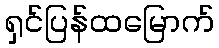
ရှင်ပြန်ထမြောက်